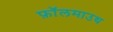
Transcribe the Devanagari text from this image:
फ़ॉलमाउथ